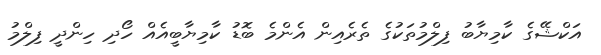
އަކްޝޭގެ ކާމިޔާބު ފިލްމުތަކުގެ ތެރެއިން އެންމެ ބޮޑު ކާމިޔާބީއެއް ހޯދި ހިންދީ ފިލްމު